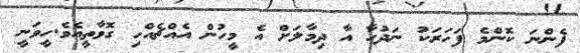
ފެންނަ ކޮންމެ ފަހަރަކު ނަދުހާ އާ ދިމާލަށް އެ މީހުން އެއްޗެއްހި ގޮވާތީއެވެ.ހީވަނީ